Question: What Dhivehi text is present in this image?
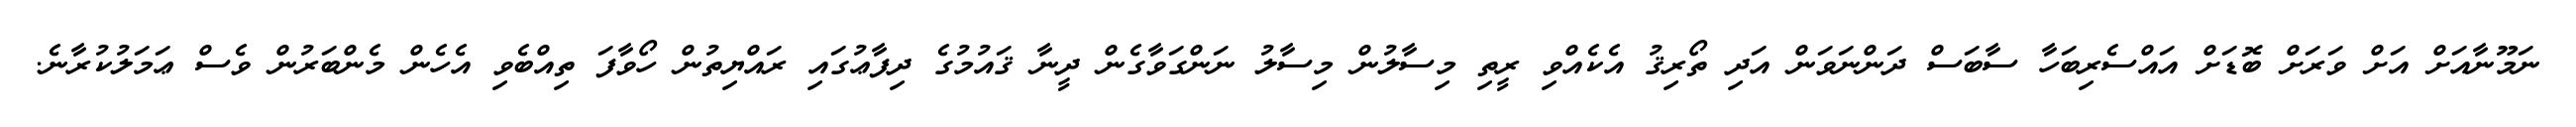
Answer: ނަމޫނާއަށް އަށް ވަރަށް ބޮޑަށް އައްސެރިބަހާ ސާބަސް ދަންނަވަން އަދި ތޯރިޤު އެކެއްވި ރީތި މިސާލުން މިސާލު ނަންގަވާގެން ދީނާ ޤައުމުގެ ދިފާޢުގައި ރައްޔިތުން ހޯވާފަ ތިއްބެވި އެހެން މެންބަރުން ވެސް ޢަމަލުކުރާނެ.